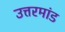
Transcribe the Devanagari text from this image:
उत्तरमांड